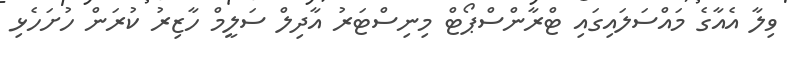
ވިލާ އެއާގެ މައްސަލައިގައި ޓްރާންސްޕޯޓް މިނިސްޓަރު އާދިލް ސަލީމް ހާޒިރު ކުރަން ހުށަހެޅި